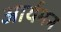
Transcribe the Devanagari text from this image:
आर्यमन